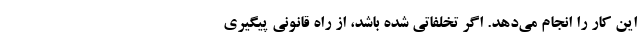
این کار را انجام می‌دهد. اگر تخلفاتی شده باشد، از راه قانونی پیگیری